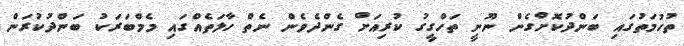
ތުހުމަތުގައި ބަންދުކޮށްގެން ނޫނީ ތަހްގީގު ކުރިއަށް ގެންދެވެން ނެތް ހާލަތެއްގައި މެމްބަރަކު ބަންދުކުރަން